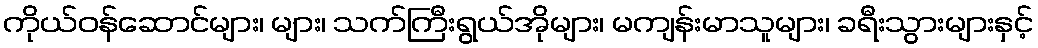
ကိုယ်ဝန်ဆောင်များ၊ များ၊ သက်ကြီးရွယ်အိုများ၊ မကျန်းမာသူများ၊ ခရီးသွားများနှင့်